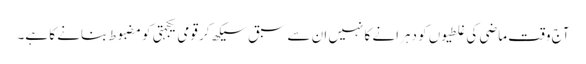
آج وقت ماضی کی غلطیوں کو دہرانے کا نہیں ان سے سبق سیکھ کر قومی یکجہتی کو مضبوط بنانے کا ہے۔